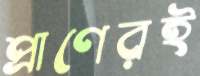
প্রাণেরই